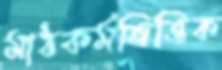
মাঠকর্মভিত্তিক